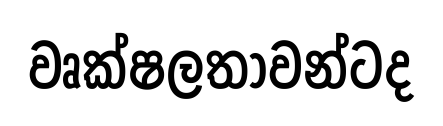
වෘක්ෂලතාවන්ටද